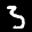
Label: 3